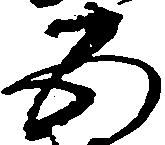
五